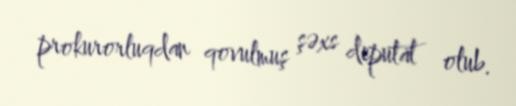
prokurorluqdan qovulmuş şəxs deputat olub.